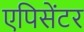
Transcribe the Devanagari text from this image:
एपिसेंटर